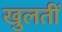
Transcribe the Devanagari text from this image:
खुलतीं